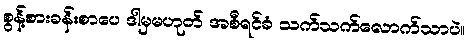
စွန့်စားခန်းစာပေ ဒါမှမဟုတ် အစီရင်ခံ သက်သက်လောက်သာပဲ။